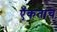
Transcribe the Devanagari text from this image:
ऍकताच